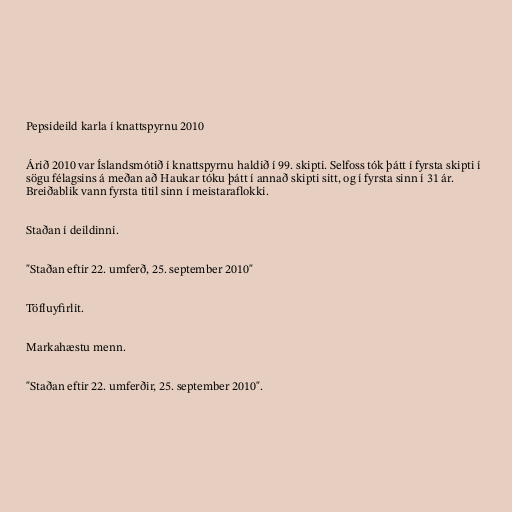
Pepsideild karla í knattspyrnu 2010

Árið 2010 var Íslandsmótið í knattspyrnu haldið í 99. skipti. Selfoss tók þátt í fyrsta skipti í
sögu félagsins á meðan að Haukar tóku þátt í annað skipti sitt, og í fyrsta sinn í 31 ár.
Breiðablik vann fyrsta titil sinn í meistaraflokki.

Staðan í deildinni.

"Staðan eftir 22. umferð, 25. september 2010"

Töfluyfirlit.

Markahæstu menn.

"Staðan eftir 22. umferðir, 25. september 2010".